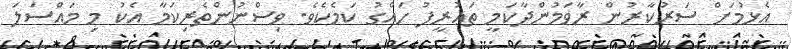
އެޅުމަށް ސަރުކާރުން ރާވަމުންދާކަމީ ތަޢުރީފު ހައްގު ކަމެކެވެ. ވިސްނުންތެރިކަމާ އެކު މި މައްސަލަ